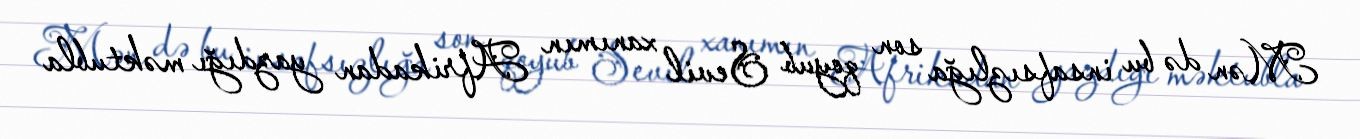
Mən də bu insafsızlığa son qoyub Sevil xanımın Afrikadan yazdığı məktubla